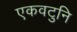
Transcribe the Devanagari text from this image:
एकवटुनि